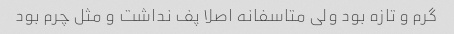
گرم و تازه بود ولی متاسفانه اصلا پف نداشت و مثل چرم بود